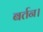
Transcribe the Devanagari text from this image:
बर्तन।